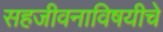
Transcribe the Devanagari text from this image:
सहजीवनाविषयीचे